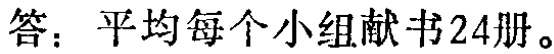
答：平均每个小组献书24册。